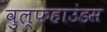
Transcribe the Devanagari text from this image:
वुल्फहाउंडस